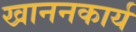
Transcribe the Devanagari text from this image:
खाननकार्य